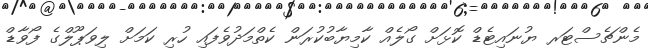
މެންޗެސްޓަރ ޔުނައިޓެޑް ކޮޅަށް ގޯލެއް ކާމިޔާބުކުރަން ކެތްމަދުވެފައި ހުރި ކަމަށް ލިވަޕޫލްގެ ފޯވާޑް